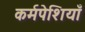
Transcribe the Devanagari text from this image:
कर्मपेशियाँ